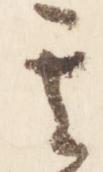
其